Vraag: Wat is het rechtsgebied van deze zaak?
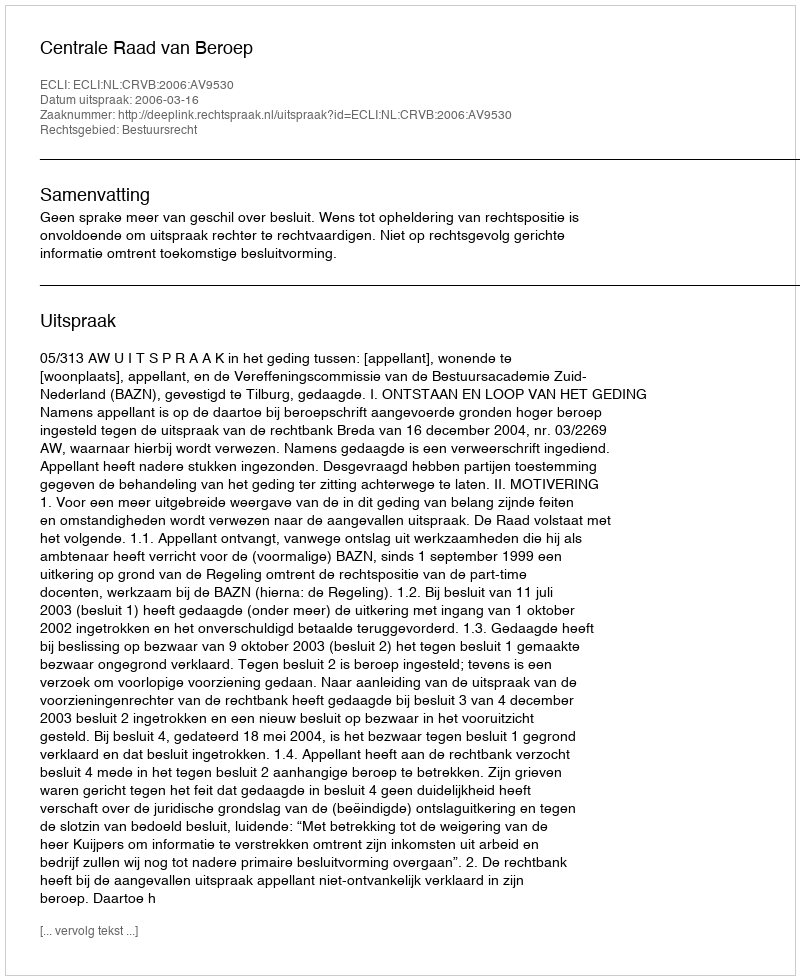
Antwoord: Bestuursrecht